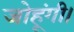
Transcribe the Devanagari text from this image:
जोहूंगी।